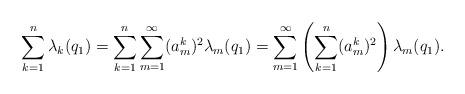
LaTeX: \begin{align*}\sum_{k=1}^n \lambda_k(q_1) = \sum_{k=1}^n \sum_{m=1}^\infty (a_m^k)^2 \lambda_m (q_1) = \sum_{m=1}^\infty \left( \sum_{k=1}^n (a_m^k)^2\right) \lambda_m (q_1).\end{align*}